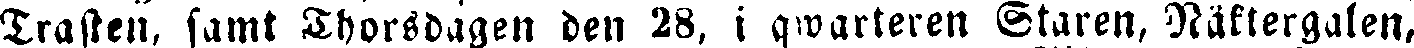
Trasten, samt Thorsdagen den 28, i qwarteren Staren, Näktergalen,